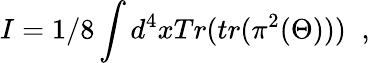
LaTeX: I={1/8}\int d^{4}xTr(tr(\pi^{2}(\Theta)))\; \; ,